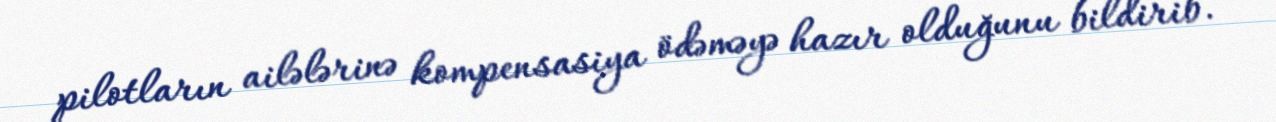
pilotların ailələrinə kompensasiya ödəməyə hazır olduğunu bildirib.